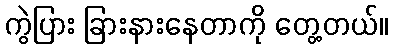
ကွဲပြား ခြားနားနေတာကို တွေ့တယ်။